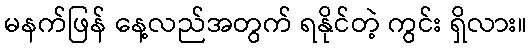
မနက်ဖြန် နေ့လည်အတွက် ရနိုင်တဲ့ ကွင်း ရှိလား။